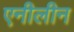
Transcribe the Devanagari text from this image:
एनीलीन